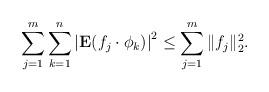
LaTeX: \begin{align*}\sum_{j=1}^m\sum_{k=1}^n\left|{\textbf E}(f_j\cdot \phi_k)\right|^2\le \sum_{j=1}^m\|f_j\|_2^2.\end{align*}